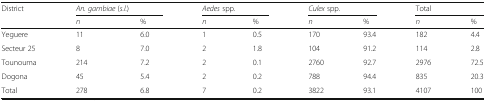
| <ROWSPAN=2> District | <COLSPAN=2> An. gambiae (s.l.) | <COLSPAN=2> Aedes spp. | <COLSPAN=2> Culex spp. | <COLSPAN=2> Total |
 | n | % | n | % | n | % | n | % |
 | --- | --- | --- | --- | --- | --- | --- | --- | --- |
 | Yeguere | 11 | 6.0 | 1 | 0.5 | 170 | 93.4 | 182 | 4.4 |
 | Secteur 25 | 8 | 7.0 | 2 | 1.8 | 104 | 91.2 | 114 | 2.8 |
 | Tounouma | 214 | 7.2 | 2 | 0.1 | 2760 | 92.7 | 2976 | 72.5 |
 | Dogona | 45 | 5.4 | 2 | 0.2 | 788 | 94.4 | 835 | 20.3 |
 | Total | 278 | 6.8 | 7 | 0.2 | 3822 | 93.1 | 4107 | 100 |